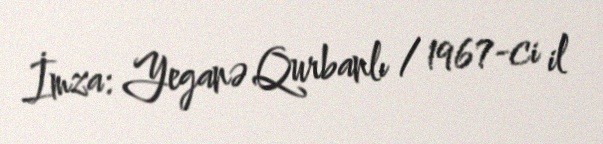
İmza: Yeganə Qurbanlı / 1967-ci il